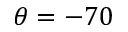
\theta = - 7 0